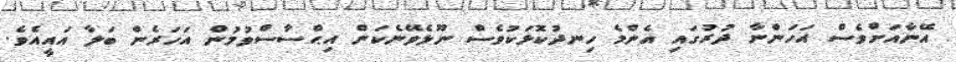
އޭނާއަށްވެސް އަހަންނާ ދުރުގައި އެންމެ ހިނދުކޮޅަކުވެސް ނޫޅެވޭނެކަން އިޙްސާސްވުމުން އަހަރެން ބަލާ އައީއެވެ.